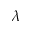
\lambda